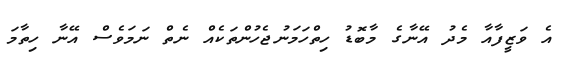
އެ ވަޒީފާއާ މެދު އޭނާގެ މާބޮޑު ހިތްހަމަނުޖެހުންތަކެއް ނެތް ނަމަވެސް އޭނާ ހިތާމަ